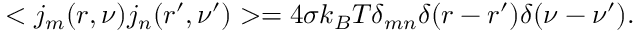
< j _ { m } ( r , \nu ) j _ { n } ( r ^ { \prime } , \nu ^ { \prime } ) > = 4 \sigma k _ { B } T \delta _ { m n } \delta ( r - r ^ { \prime } ) \delta ( \nu - \nu ^ { \prime } ) .